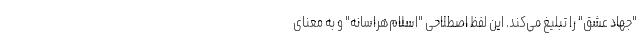
"جهاد عشق" را تبلیغ می‌کند. این لفظ اصطلاحی "اسلام‌هراسانه" و به معنای